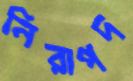
নিরাপদ